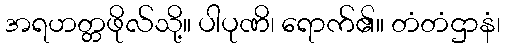
အရဟတ္တဖိုလ်သို့။ ပါပုဏိ၊ ရောက်၏။ တံတံဌာနံ၊